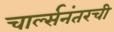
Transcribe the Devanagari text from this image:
चार्ल्सनंतरची